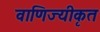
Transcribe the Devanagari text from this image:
वाणिज्यीकृत